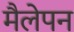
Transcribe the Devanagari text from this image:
मैलेपन